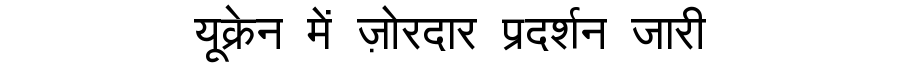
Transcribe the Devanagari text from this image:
यूक्रेन में ज़ोरदार प्रदर्शन जारी